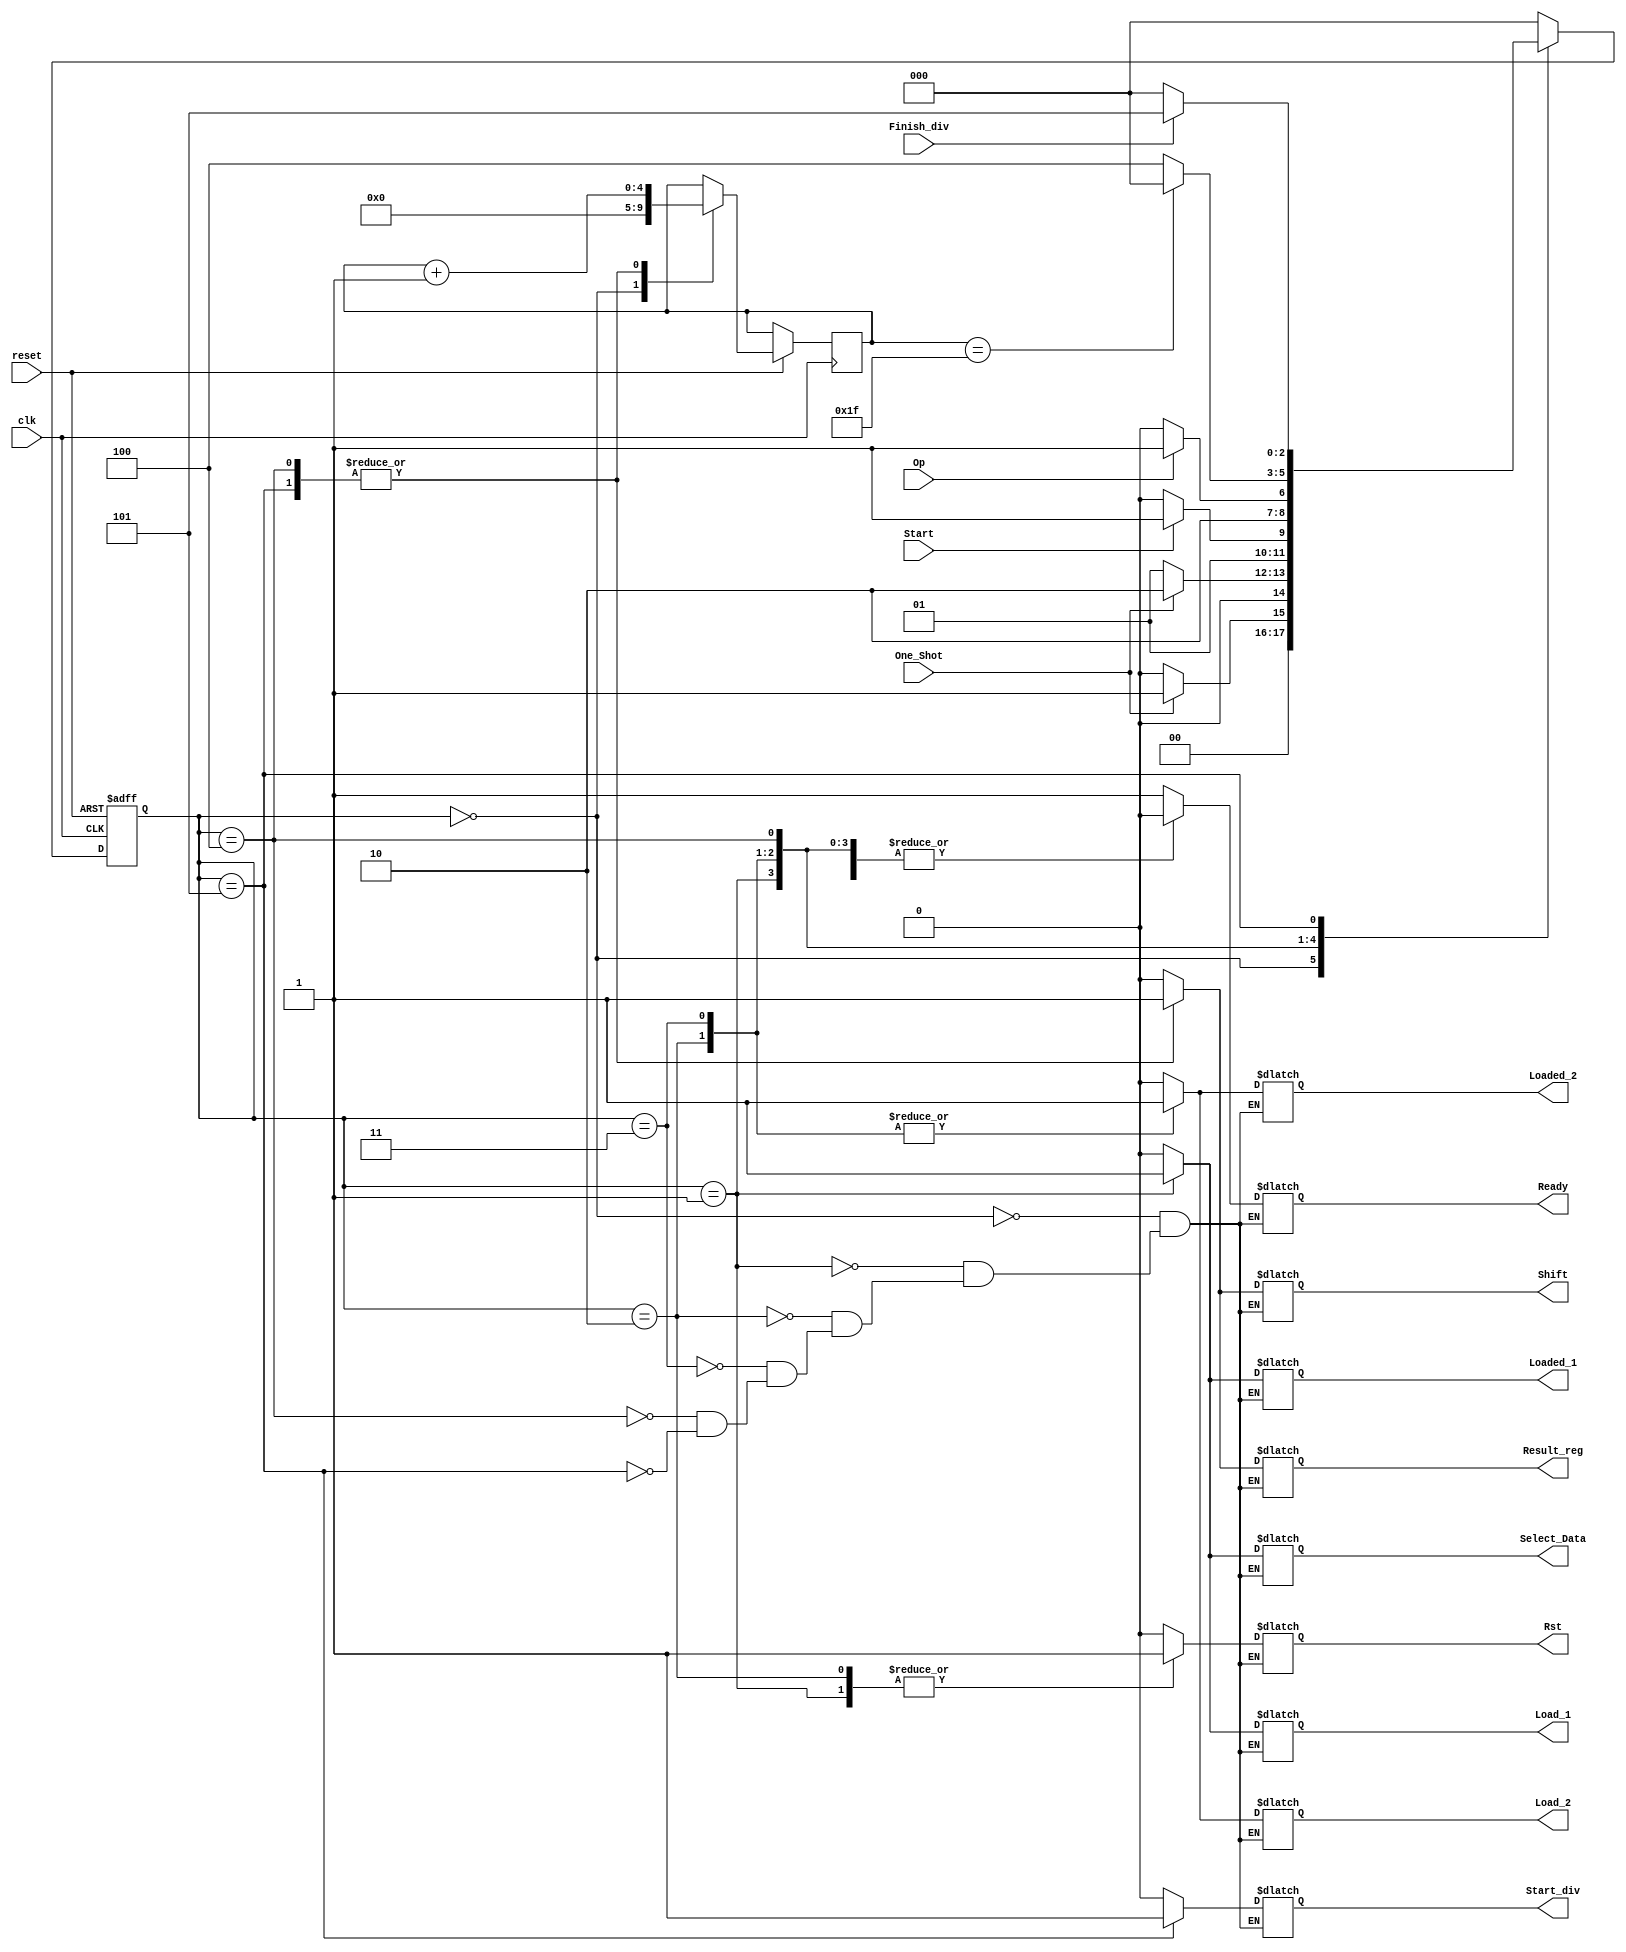
module Control
#(
    parameter WORD_LENGTH = 5
) 
(
	 input clk,
    input reset,
	 input One_Shot,
	 input Start,
	 input Op,
	 input Finish_div,
	 
    output Ready,
	 output Select_Data,
	 output Loaded_1,
	 output Loaded_2,
	 output Rst,
	 output Shift,
	 output Result_reg,
	 output Load_1,
	 output Load_2,
	 output Start_div
);

localparam max_cicles = {WORD_LENGTH{1'b1}};

localparam INIT = 0;
localparam LOAD_1 = 1;
localparam LOAD_2 =2;
localparam WAIT = 3;
localparam PROCESS_M = 4;
localparam PROCESS_D = 5;


reg [2:0] state = 0;

reg Ready_reg;
reg Select_Data_reg;
reg Loaded_1_reg;
reg Loaded_2_reg;
reg Rst_reg;
reg Shift_reg;
reg Result_reg_reg;
reg Load_1_reg;
reg Load_2_reg;
reg Start_div_reg;
reg [WORD_LENGTH-1:0]cicles;

always @(posedge clk or negedge reset) 
begin
    if (reset == 1'b0)
    state <= INIT;
    else
    begin
        case(state)
			  INIT:
			  begin
					cicles <= 1'b0;
					if (One_Shot == 1'b1)
						state <= LOAD_1;
					else
						state <= INIT;
			  end
			  
			  LOAD_1:
			  begin		
					if (One_Shot == 1'b1)
						state <= LOAD_2;
					else
						state <= LOAD_1;
				end
				
			  LOAD_2:
			  begin		
					if (Start == 1'b1)
						state <= WAIT;
					else
						state <= LOAD_2;
				end
				
			  WAIT:
			  begin		
					if (Op == 1'b0)
						state <= PROCESS_M;
					else
						state <= PROCESS_D;
			  end
			  
			  PROCESS_M:
			  begin
					cicles <= cicles + 1'b1;
					if (cicles == max_cicles)
						state <= INIT;		
					else
						state <= PROCESS_M;
			  end
			  
			  PROCESS_D:
			  begin
					cicles <= cicles + 1'b1;
					if (~Finish_div)
						state <= INIT;		
					else
						state <= PROCESS_D;
			  end
			  
			  default: 
					state <= INIT;
        
		  endcase
    end
end

always @(*) begin
    case(state)
        INIT:
        begin
				Ready_reg 			= 1'b1;
				Select_Data_reg 	= 1'b0;
				Loaded_1_reg 		= 1'b0;
				Loaded_2_reg	 	= 1'b0;
				Rst_reg 				= 1'b0;
				Shift_reg 			= 1'b0;
				Result_reg_reg		= 1'b0;	
				Load_1_reg 			= 1'b0;
				Load_2_reg 			= 1'b0;
				Start_div_reg		= 1'b0;
        end 
        LOAD_1:
        begin
				Ready_reg 			= 1'b0;
				Select_Data_reg 	= 1'b1;
				Loaded_1_reg 		= 1'b1;
				Loaded_2_reg	 	= 1'b0;
				Rst_reg 				= 1'b1;
				Shift_reg 			= 1'b0;
				Result_reg_reg		= 1'b0;
				Load_1_reg 			= 1'b1;
				Load_2_reg 			= 1'b0;
				Start_div_reg		= 1'b0;
			
        end
        LOAD_2:
        begin
				Ready_reg 			= 1'b0;
				Select_Data_reg 	= 1'b0;
				Loaded_1_reg 		= 1'b0;
				Loaded_2_reg	 	= 1'b1;
				Rst_reg 				= 1'b1;
				Shift_reg 			= 1'b0;
				Result_reg_reg		= 1'b0;
				Load_1_reg 			= 1'b0;
				Load_2_reg 			= 1'b1;
				Start_div_reg		= 1'b0;
        end
		  
		  WAIT:
        begin
				Ready_reg 			= 1'b0;
				Select_Data_reg 	= 1'b0;
				Loaded_1_reg 		= 1'b0;
				Loaded_2_reg	 	= 1'b1;
				Rst_reg 				= 1'b0;
				Shift_reg 			= 1'b0;
				Result_reg_reg		= 1'b0;
				Load_1_reg 			= 1'b0;
				Load_2_reg 			= 1'b1;
				Start_div_reg		= 1'b0;
        end
        
		  PROCESS_M:
        begin
				Ready_reg 			= 1'b0;
				Select_Data_reg 	= 1'b0;
				Loaded_1_reg 		= 1'b0;
				Loaded_2_reg	 	= 1'b0;
				Rst_reg 				= 1'b0;
				Shift_reg 			= 1'b1;
				Result_reg_reg		= 1'b1;
				Load_1_reg 			= 1'b0;
				Load_2_reg 			= 1'b0;
				Start_div_reg		= 1'b0;				
        end
		  PROCESS_D:
        begin
				Ready_reg 			= 1'b0;
				Select_Data_reg 	= 1'b0;
				Loaded_1_reg 		= 1'b0;
				Loaded_2_reg	 	= 1'b0;
				Rst_reg 				= 1'b0;
				Shift_reg 			= 1'b1;
				Result_reg_reg		= 1'b1;
				Load_1_reg 			= 1'b0;
				Load_2_reg 			= 1'b0;
				Start_div_reg		= 1'b1;				
        end
		  
    endcase
    
end

assign Ready = Ready_reg;
assign Select_Data = Select_Data_reg;
assign Loaded_1 = Loaded_1_reg;
assign Loaded_2 = Loaded_2_reg;
assign Rst = Rst_reg;
assign Shift = Shift_reg;
assign Result_reg = Result_reg_reg;
assign Load_1 = Load_1_reg;
assign Load_2 = Load_2_reg;
assign Start_div = Start_div_reg;

endmodule